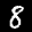
Label: 8